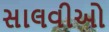
સાલવીઓ